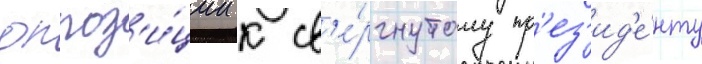
оппоз'и́ции к св'е́ргнутому пр'ез'ид'е́нту